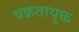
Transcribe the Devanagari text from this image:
वक्रतायुक्त